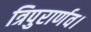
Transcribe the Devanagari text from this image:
त्रिपुरार्णव।